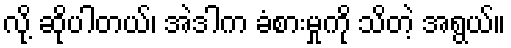
လို့ ဆိုပါတယ်၊ အဲဒါက ခံစားမှုကို သိတဲ့ အရွယ်။